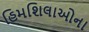
હિમશિલાઓના